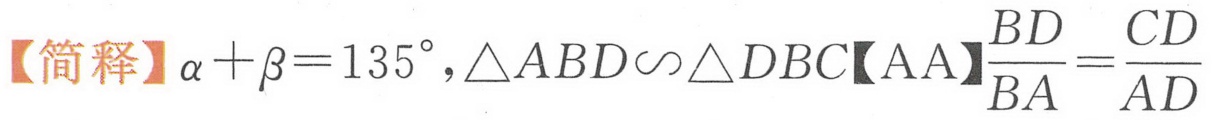
【简释】$\alpha+\beta = 135^{\circ},\triangle ABD\sim\triangle DBC【AA】\frac{BD}{BA}=\frac{CD}{AD}$